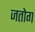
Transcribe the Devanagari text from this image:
जतोग